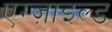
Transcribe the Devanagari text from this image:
एग्ज़ाइल्ड